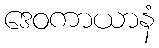
ဒေဝကာယာနံ